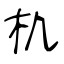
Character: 机